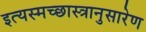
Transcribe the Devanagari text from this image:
इत्यस्मच्छास्त्रानुसारेण